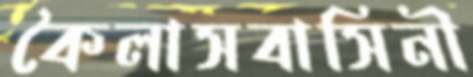
কৈলাসবাসিনী